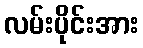
လမ်းပိုင်းအား